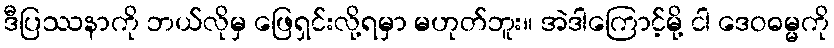
ဒီပြဿနာကို ဘယ်လိုမှ ဖြေရှင်းလို့ရမှာ မဟုတ်ဘူး။ အဲဒါကြောင့်မို့ ငါ ဒေဝဓမ္မကို